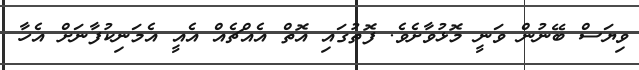
ވިޔަސް ބޭނުން ވަނީ މޮޅުވާށެވެ. ފޮތުގައި އޮތް އެއްޗެއް އެއީ އެމަނިކުފާނަށް އެހާ